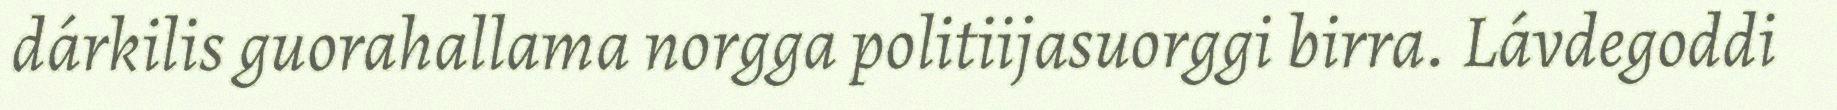
dárkilis guorahallama norgga politiijasuorggi birra. Lávdegoddi